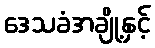
ဒေသခံအချို့နှင့်